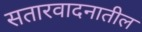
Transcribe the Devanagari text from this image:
सतारवादनातील